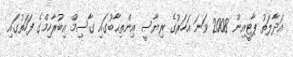
އަދާލަތު ޕާޓީއިން 2008 ވަނަ އަހަރުގެ ރިޔާސީ އިންތިޙާބުގައި ގާސިމް އިބުރާހިމްގެ ފަހަތުގައި